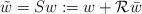
LaTeX: \begin{align*}\tilde w = Sw:= w + \mathcal{R} \bar w\end{align*}